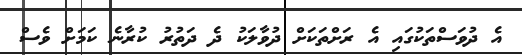
އެ ދުވަސްތަކުގައި އެ ރަށްތަކަށް ދުވާލަކު ދެ ދަތުރު ކުރާނެ ކަމަށް ވެސް